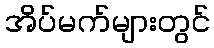
အိပ်မက်များတွင်